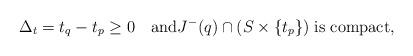
LaTeX: \begin{align*}\Delta_t= t_q-t_p\geq 0 \quad\hbox{and}J^-(q)\cap (S\times\{t_p\})\; \hbox{is compact,}\end{align*}